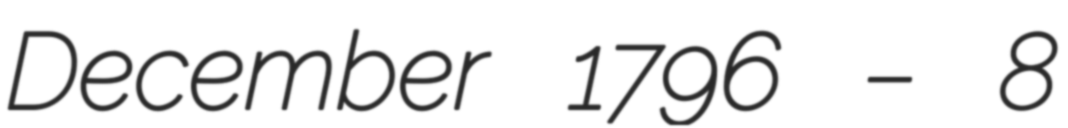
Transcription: December 1796 – 8